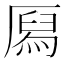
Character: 㕐